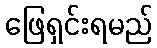
ဖြေရှင်းရမည်